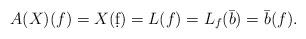
LaTeX: \begin{align*}A(X)(f)=X(\d f)=L(f)=L_f(\bar b)=\bar b(f).\end{align*}